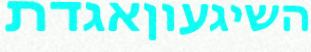
השיגעוןאגדת